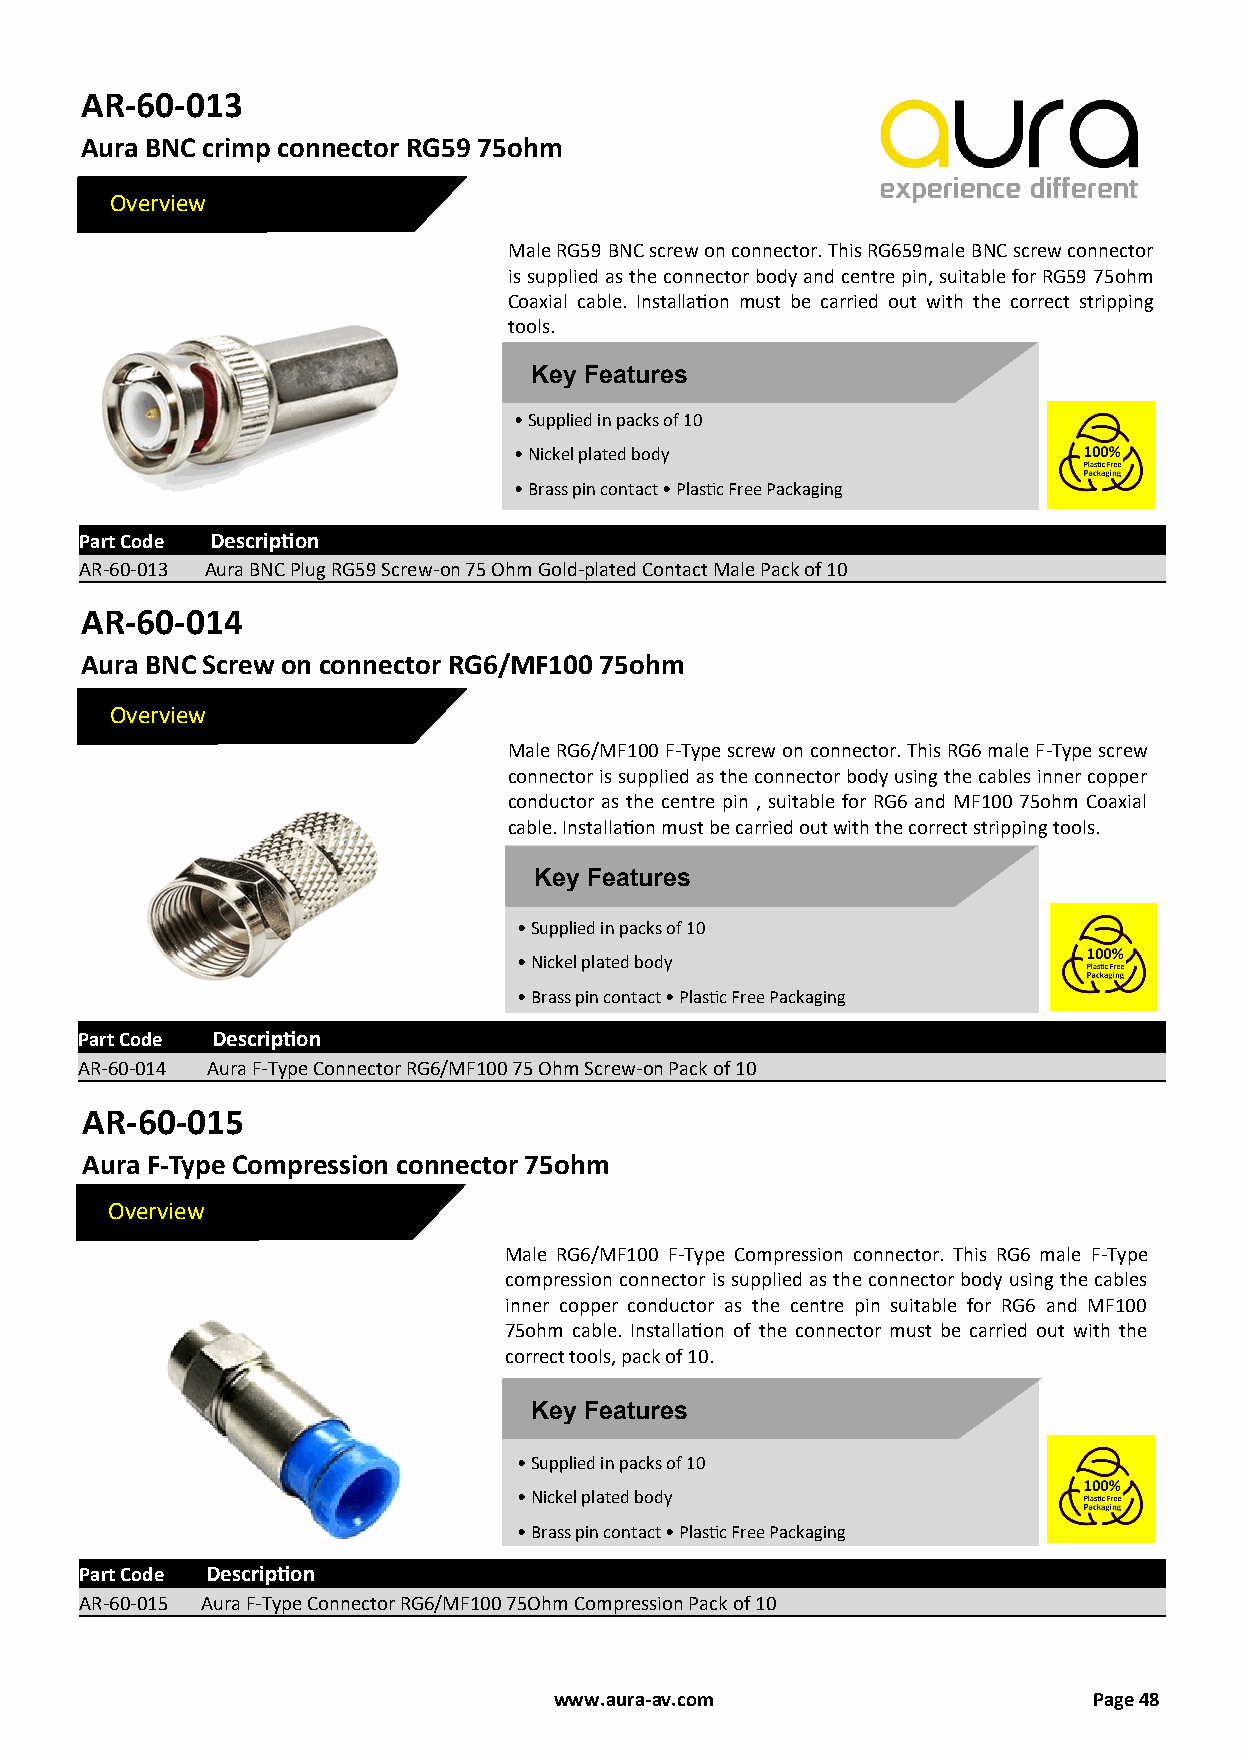
AR-60-013
 Aura BNC crimp connector RG59 75ohm
 Overview
 Male RG59 BNC screw on connector. This RG659male BNC screw connector
 is supplied as the connector body and centre pin, suitable for RG59 75ohm
 Coaxial cable. Installation must be carried out with the correct stripping
 tools.
 Key Features
 • Supplied in packs of 10
 • Nickel plated body
 • Brass pin contact • Plastic Free Packaging
 Part Code Description
 AR-60-013 Aura BNC Plug RG59 Screw-on 75 Ohm Gold-plated Contact Male Pack of 10
 AR-60-014
 Aura BNC Screw on connector RG6/MF100 75ohm
 Overview
 Male RG6/MF100 F-Type screw on connector. This RG6 male F-Type screw
 connector is supplied as the connector body using the cables inner copper
 conductor as the centre pin , suitable for RG6 and MF100 75ohm Coaxial
 cable. Installation must be carried out with the correct stripping tools.
 Key Features
 • Supplied in packs of 10
 • Nickel plated body
 • Brass pin contact • Plastic Free Packaging
 Part Code Description
 AR-60-014 Aura F-Type Connector RG6/MF100 75 Ohm Screw-on Pack of 10
 AR-60-015
 Aura F-Type Compression connector 75ohm
 Overview
 Male RG6/MF100 F-Type Compression connector. This RG6 male F-Type
 compression connector is supplied as the connector body using the cables
 inner copper conductor as the centre pin suitable for RG6 and MF100
 75ohm cable. Installation of the connector must be carried out with the
 correct tools, pack of 10.
 Key Features
 • Supplied in packs of 10
 • Nickel plated body
 • Brass pin contact • Plastic Free Packaging
 Part Code Description
 AR-60-015 Aura F-Type Connector RG6/MF100 75Ohm Compression Pack of 10
 www.aura-av.com                    Page 48